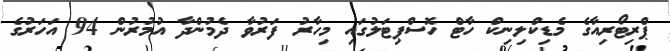
ޕްރިޓޯރިއާގެ މެޑިކްލިނިކް ހާޓް ހޮސްޕިޓަލުގައި މިހާރު ފަރުވާ ދެމުންދާ އުމުރުން 94 އަހަރުގެ